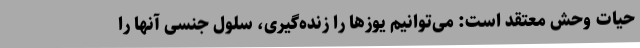
حیات وحش معتقد است: می‌توانیم یوزها را زنده‌گیری، سلول جنسی آنها را